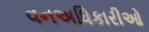
વનઅધિકારીઓ